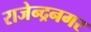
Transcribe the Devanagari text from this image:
राजेन्द्रनगर